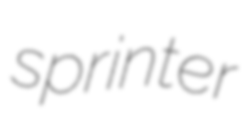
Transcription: sprinter